Civil Veterinary Department Bengal reports 1933-51 - 1933-1951
Year: 1933
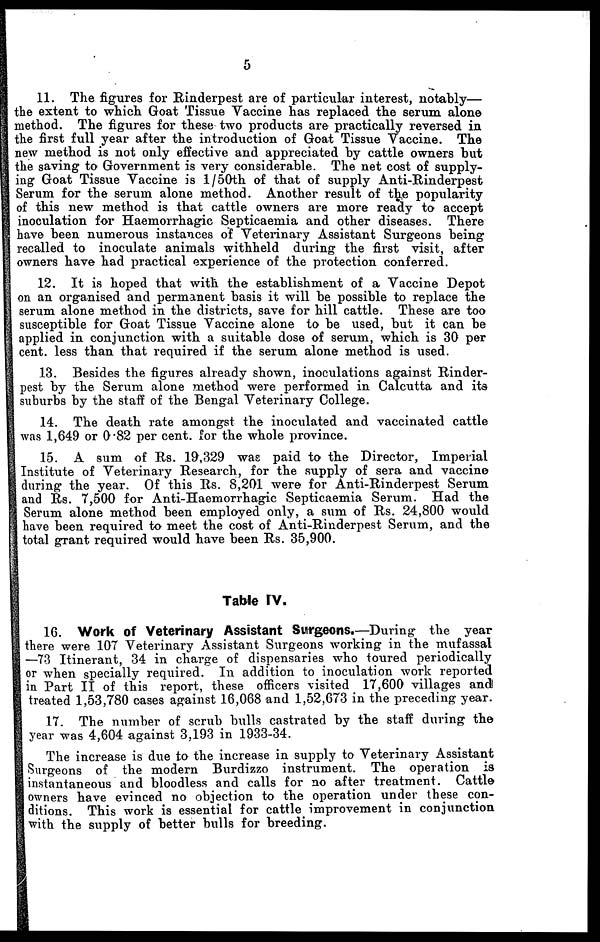
5
11. The figures for Rinderpest are of particular interest, notably—
the extent to which Goat Tissue Vaccine has replaced the serum alone
method. The figures for these two products are practically reversed in
the first full year after the introduction of Goat Tissue vaccine. The
new method is not only effective and appreciated by cattle owners but
the saving to Government is very considerable. The net cost of supply-
ing Goat Tissue Vaccine is 1/50th of that of supply Anti-Rinderpest
Serum for the serum alone method. Another result of the popularity
of this new method is that cattle owners are more ready to accept
inoculation for Hæmorrhagic Septicæmia and other diseases. There
have been numerous instances of Veterinary Assistant Surgeons being
recalled to inoculate animals withheld during the first visit, after
owners have had practical experience of the protection conferred.
12. It is hoped that with the establishment of a Vaccine Depot
on an organised and permanent basis it will be possible to replace the
serum alone method in the districts, save for hill cattle. These are too
susceptible for Goat Tissue Vaccine alone to be used, but it can be
applied in conjunction with a suitable dose of serum, which is 30 per
cent. less than that required if the serum alone method is used.
13. Besides the figures already shown, inoculations against Rinder-
pest by the Serum alone method were performed in Calcutta and its
suburbs by the staff of the Bengal Veterinary College.
14. The death rate amongst the inoculated and vaccinated cattle
was 1,649 or 0.82 per cent. for the whole province.
15. A sum of Rs. 19,329 was paid to the Director, Imperial
Institute of Veterinary Research, for the supply of sera and vaccine
during the year. Of this Rs. 8,201 were for Anti-Rinderpest Serum
and Rs. 7,500 for Anti-Hæmorrhagic Septicaemia Serum. Had the
Serum alone method been employed only, a sum of Rs. 24,800 would
have been required to meet the cost of Anti-Rinderpest Serum, and the
total grant required would have been Rs. 35,900.
Table IV.
16. Work of Veterinary Assistant Surgeons.—During the year
there were 107 Veterinary Assistant Surgeons working in the mufassal
—73 Itinerant, 34 in charge of dispensaries who toured periodically
or when specially required. In addition to inoculation work reported
in Part II of this report, these officers visited 17,600 villages and
treated 1,53,780 cases against 16,068 and 1,52,673 in the preceding year.
17. The number of scrub bulls castrated by the staff during the
year was 4,604 against 3,193 in 1933-34.
The increase is due to the increase in supply to Veterinary Assistant
Surgeons of the modern Burdizzo instrument. The operation is
instantaneous and bloodless and calls for no after treatment. Cattle
owners have evinced no objection to the operation under these con-
ditions. This work is essential for cattle improvement in conjunction
with the supply of better bulls for breeding.